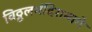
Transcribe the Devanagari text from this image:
विठ्ठलमंदिरामागे